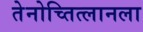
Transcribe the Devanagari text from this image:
तेनोच्तित्लानला